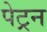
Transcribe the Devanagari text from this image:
पेट्रन